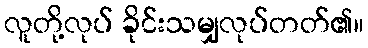
လူတို့လုပ် ခိုင်းသမျှလုပ်တတ်၏။